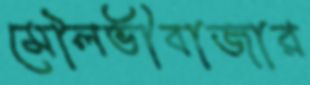
মৌলভীবাজার